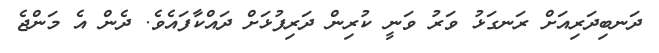
ދަނބިދަރިއަށް ރަނގަޅު ވަރު ވަނީ ކުރިން ދަރިފުޅަށް ދައްކާފައެވެ. ދެން އެ މަންޖެ